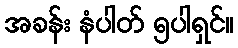
အခန်း နံပါတ် ၅ပါရှင်။